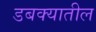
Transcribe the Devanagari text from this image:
डबक्यातील